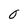
Character: 0